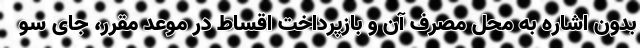
بدون اشاره به محل مصرف آن و بازپرداخت اقساط در موعد مقرر، جای سو